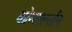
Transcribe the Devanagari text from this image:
कोन्स्तान्तीन